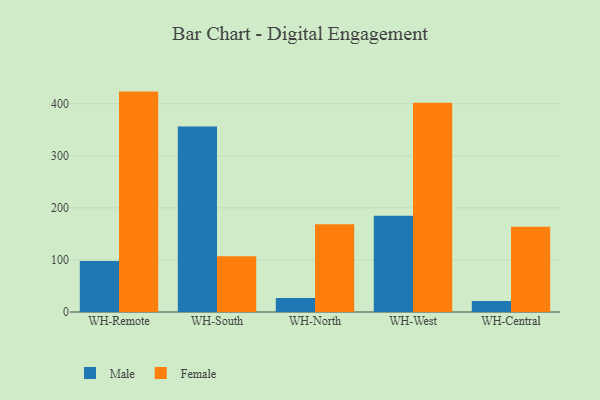
{"axis": {"x": "Warehouse", "y": "Waste Production (Tons)"}, "legend": ["Female", "Male"], "data": [{"x": "WH-Remote", "y": 98.1, "type": "Male"}, {"x": "WH-Remote", "y": 423.3, "type": "Female"}, {"x": "WH-South", "y": 356.5, "type": "Male"}, {"x": "WH-South", "y": 107.0, "type": "Female"}, {"x": "WH-North", "y": 26.9, "type": "Male"}, {"x": "WH-North", "y": 168.5, "type": "Female"}, {"x": "WH-West", "y": 184.8, "type": "Male"}, {"x": "WH-West", "y": 401.8, "type": "Female"}, {"x": "WH-Central", "y": 21.0, "type": "Male"}, {"x": "WH-Central", "y": 163.6, "type": "Female"}]}